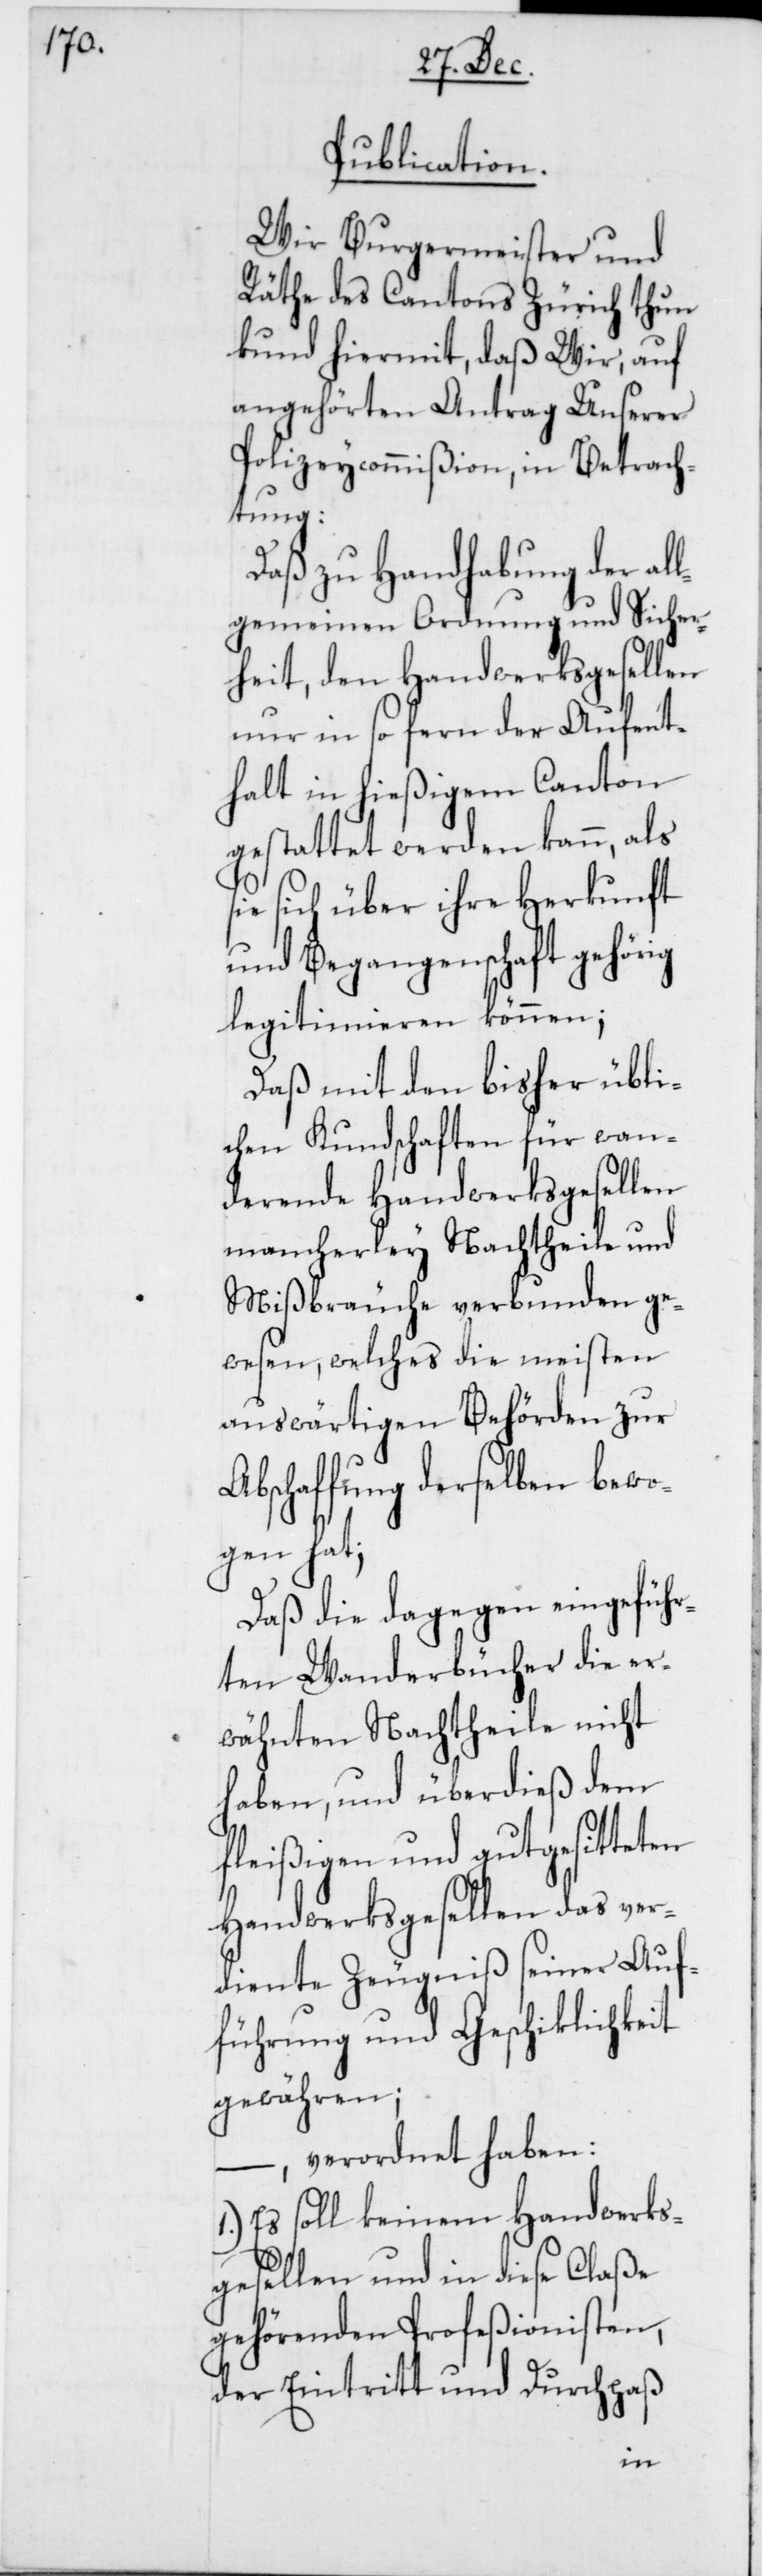
tteten
Publication.
Wir Burgermeister und
Räthe des Cantons Zürich thun
kund hiermit, daß Wir, auf
angehörten Antrag Unserer
Polizeycommißion, in Betrach¬
tung:
Daß zu Handhabung der al¬
lgemeinen Ordnung und Sicher¬
heit, den Handwerksgesellen
nur in so fern der Aufent¬
halt in hießigem Canton
gestattet werden kann, als
ie sich über ihre Herkunft
und Begangenschaft gehörig
legitimieren können;
Daß mit den bisher übli¬
chen Kundschaften für wan¬
dernde Handwerksgesellen
mancherley Nachtheile und
Mißbräuche verbunden ge¬
wesen, welches die meisten
auswärtigen Behörden zur
Abschaffung derselben bewo¬
geführ¬
Daß die dagegen ein¬
ten Wanderbücher die er¬
wähnten Nachtheile nicht
haben, und überdieß dem
nd
fleißigen und gutgesi¬
Handwerksgesellen das ver¬
diente Zeugniß seiner Auf¬
führung und Geschicklichkeit
gewähren;
– verordnet haben:
Es soll keinem Handwerks¬
gesellen und in diese Claße
gehördenden Profeßionisten,
Durchpaß
der Eintritt u¬